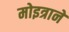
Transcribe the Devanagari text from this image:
मोइत्राने